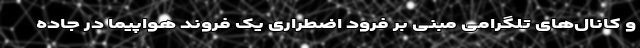
و کانال‌های تلگرامی مبنی بر فرود اضطراری یک فروند هواپیما در جاده